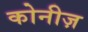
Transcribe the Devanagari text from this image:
कोनीज़